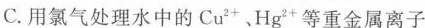
C.用氯气处理水中的Cu^{2+}、Hg^{2+}等重金属离子